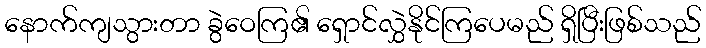
နောက်ကျသွားတာ ခွဲဝေကြ၏ ရှောင်လွှဲနိုင်ကြပေမည် ရှိပြီးဖြစ်သည်